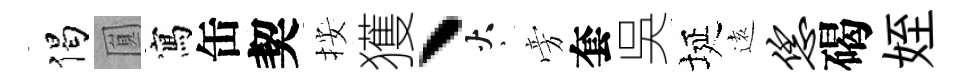
偈圎寫缶契按獲丶火旁套吳埏逺恁碣姪